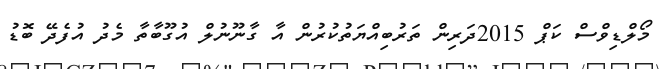
މޯލްޑިވްސް ކަޕް 2015ދަރިން ތަރުބިއްޔަތުކުރުން އާ ގާނޫނުލް އުގޫބާތާ މެދު އުފެދޭ ބޮޑު